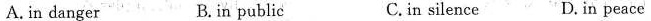
A. in danger B.in public C.in silence D. in peace